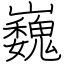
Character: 巍